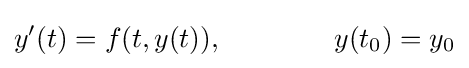
y'(t)=f(t,y(t)),\qquad \qquad y(t_{0})=y_{0}